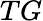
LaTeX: TG